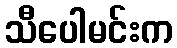
သီပေါမင်းက